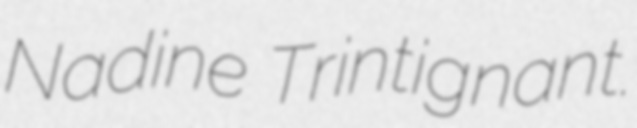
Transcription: Nadine Trintignant.